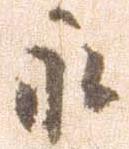
永